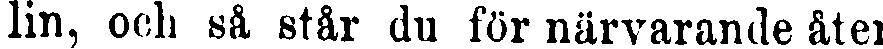
lin, och så står du för närvarande åter